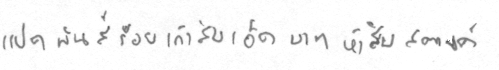
แปดพันสี่ร้อยเก้าสิบเอ็ดบาทห้าสิบสตางค์